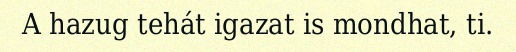
A hazug tehát igazat is mondhat, ti.